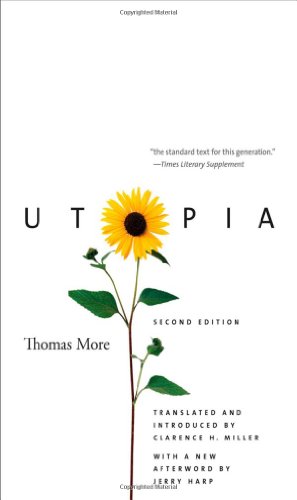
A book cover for Utopia: Second Edition; Thomas More; Politics & Social Sciences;